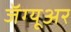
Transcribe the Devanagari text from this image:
जॅग्यूअर